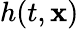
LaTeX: h(t,{\mathbf x})